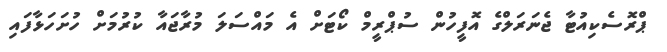
ޕްރޮސެކިއުޓާ ޖެނަރަލްގެ އޮފީހުން ސުޕްރީމް ކޯޓަށް އެ މައްސަލަ މުރާޖައާ ކުރުމަށް ހުށަހަޅާފައި